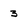
Character: 3